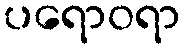
ပရောဝရာ